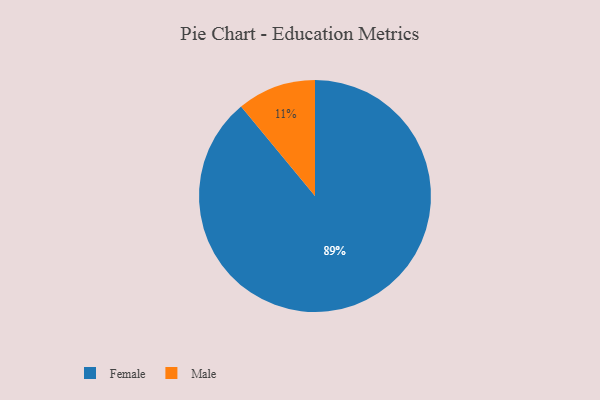
{"axis": {"x": "Category", "y": "Percentage"}, "legend": ["Female", "Male"], "data": [{"x": "Female", "y": 89, "type": "Female"}, {"x": "Male", "y": 11, "type": "Male"}]}